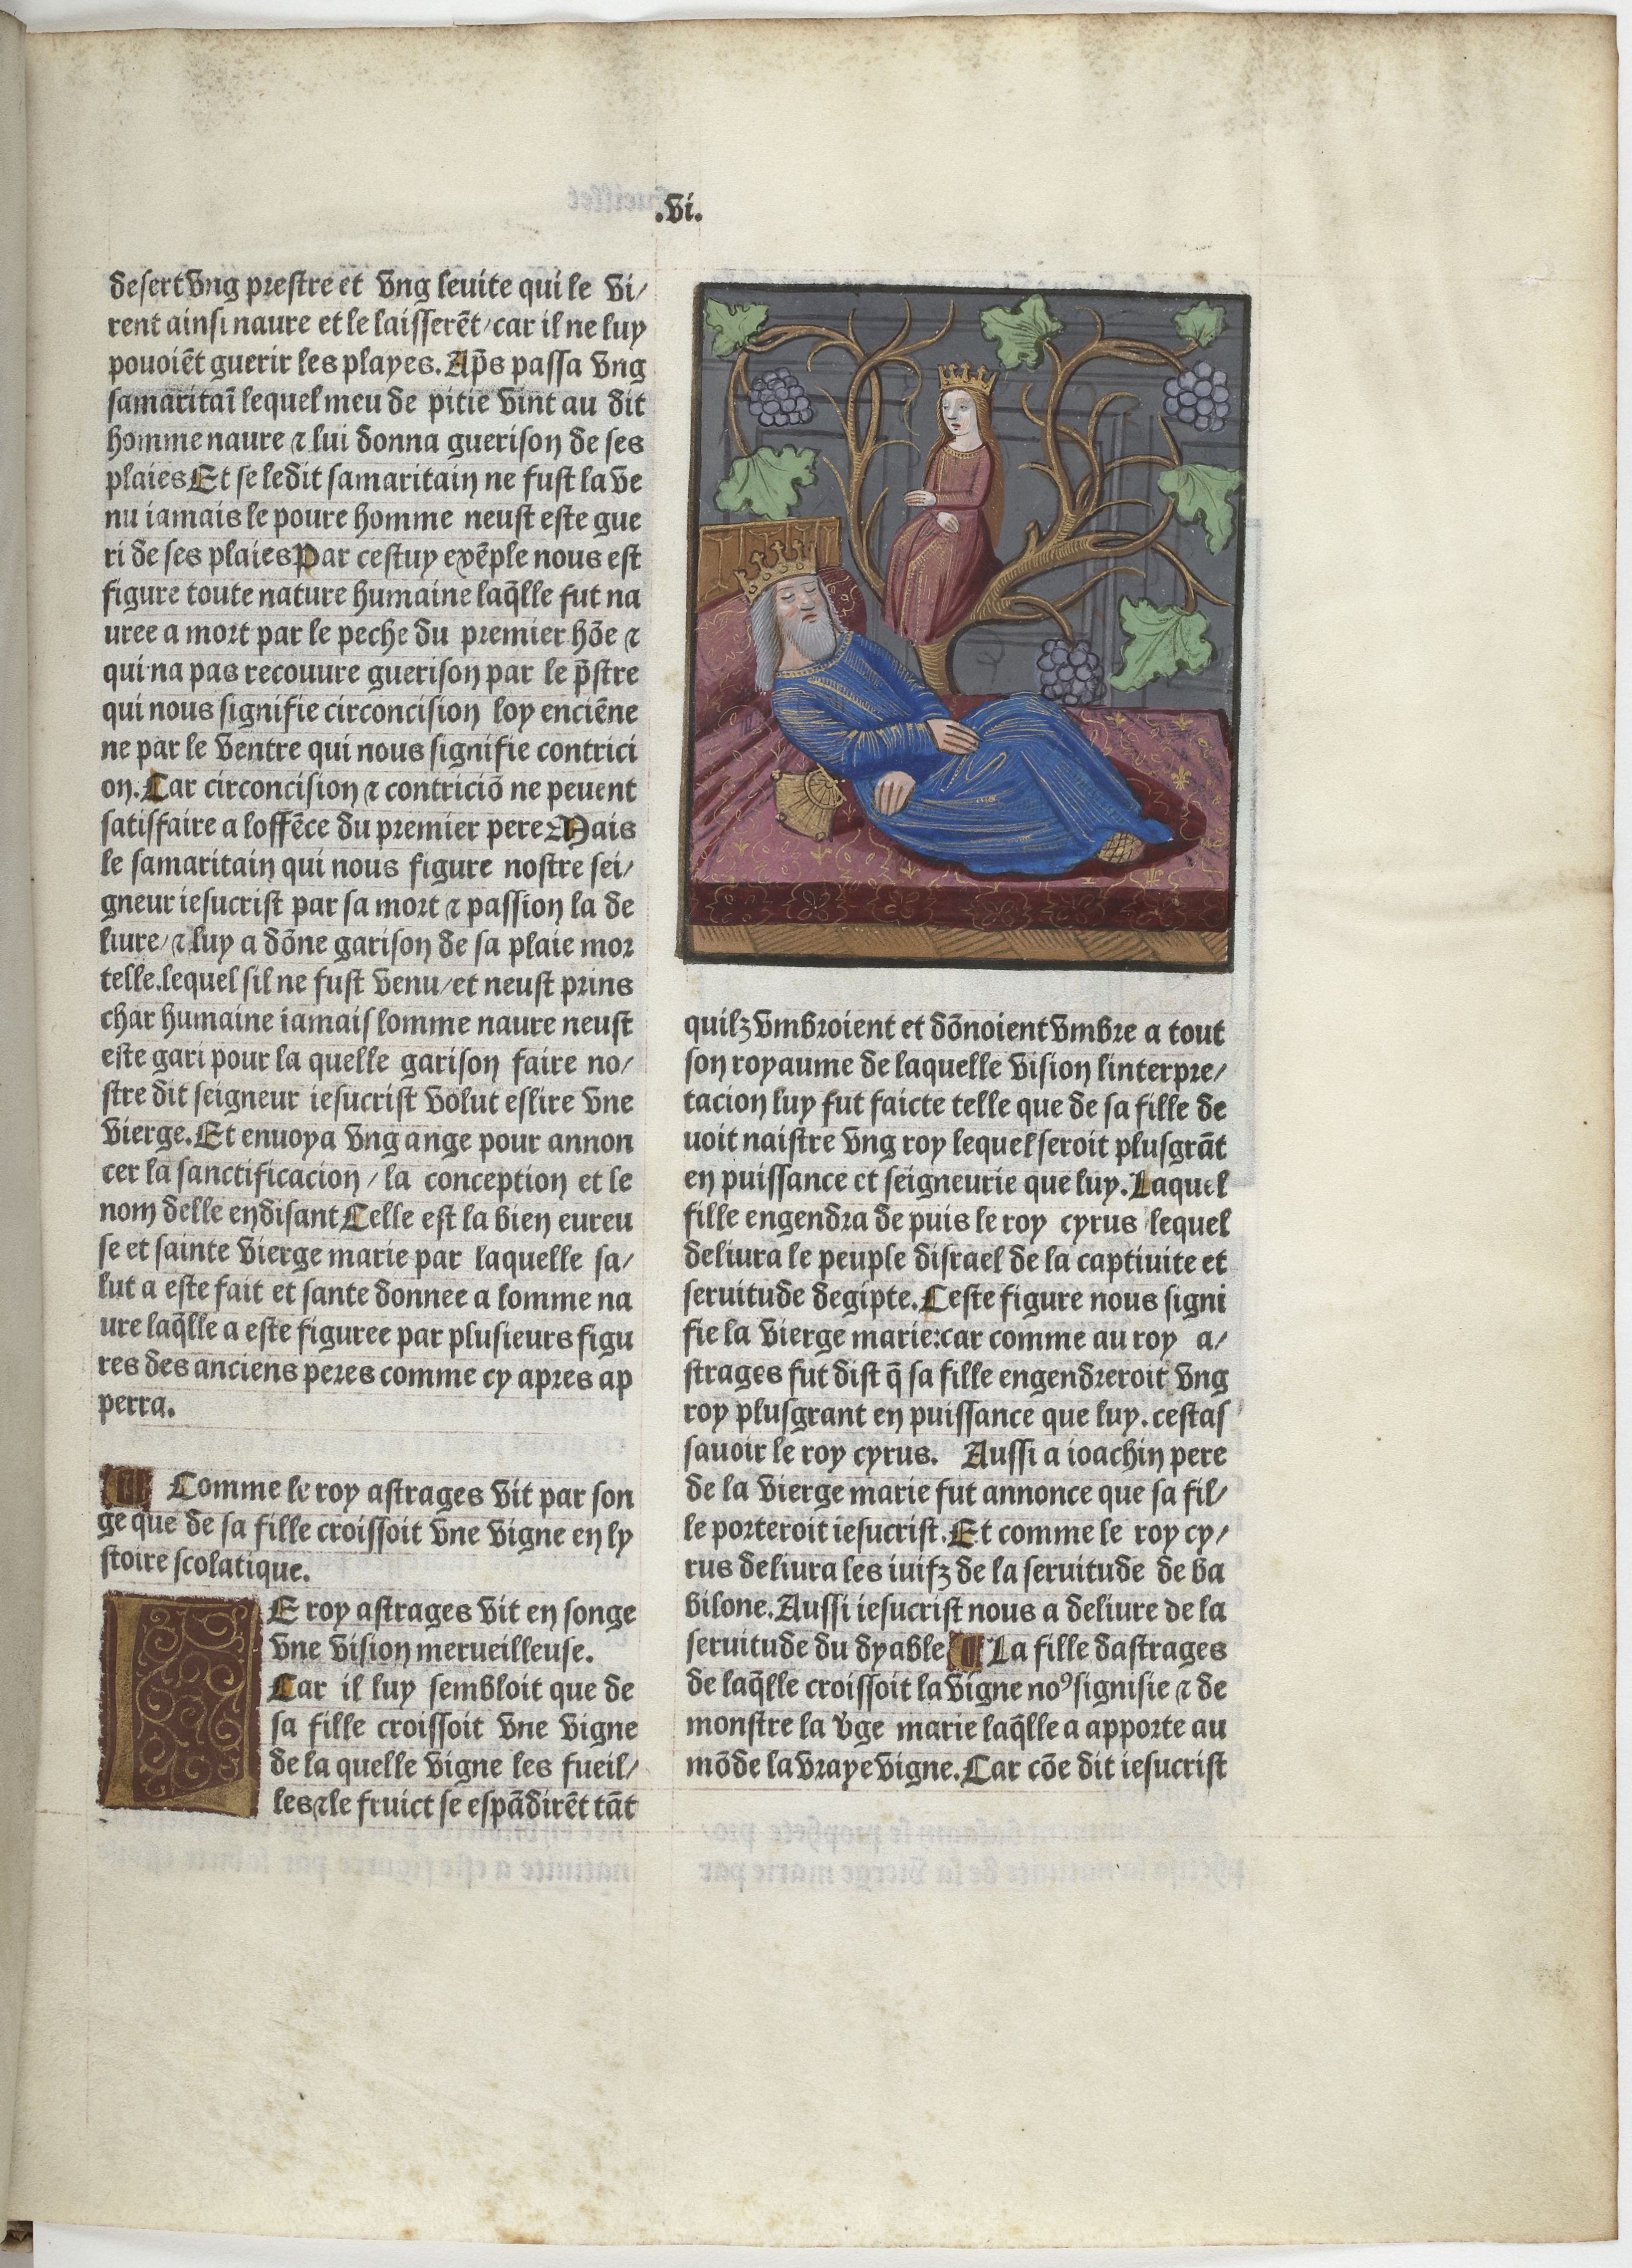
Shelfmark: Paris, BnF, Velins 906
Century: 15